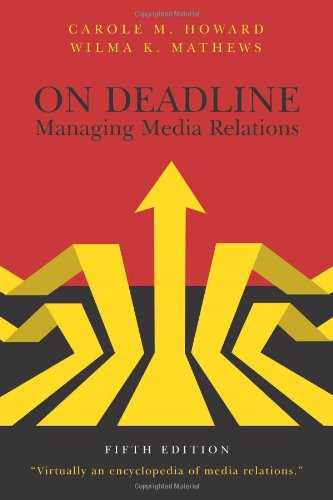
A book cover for On Deadline: Managing Media Relations, Fifth Edition; Carole M. Howard; Business & Money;